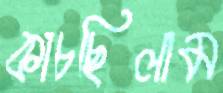
কাচছিলাম